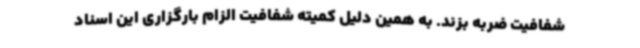
شفافیت ضربه بزند. به همین دلیل کمیته شفافیت الزام بارگزاری این اسناد